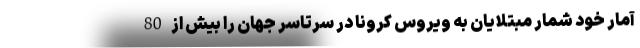
آمار خود شمار مبتلایان به ویروس کرونا در سرتاسر جهان را بیش از 80